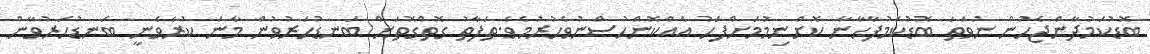
ބޮޑުކަމުދާންޖެހުން ނުވަތަ ބޮޑުކަމުފާހާނާ ކޮށްނިމުމަށްފަހު އެއްކޮންހުސްނުވެހުރުމެވެ.ތަފާތު ގޮތްގޮތަށް ބަނޑުހަރުވުން މާނަ ކުރެވެނީ ބަނޑުހަރުވާން